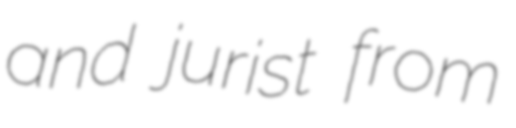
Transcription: and jurist from